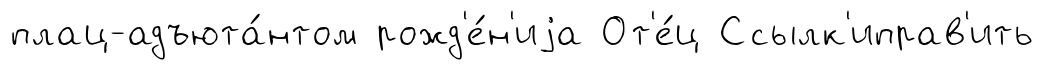
плац-адъюта́нтом рожд'е́н'иjа От'е́ц Ссылк'иправ'ить